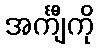
အင်္ကျီကို